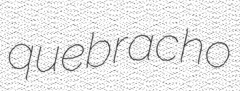
quebracho